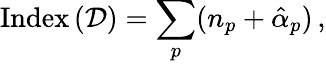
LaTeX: \mathrm{Index}\, ({\cal D})=\sum_{p}(n_{p}+\hat{\alpha}_{p})\, ,